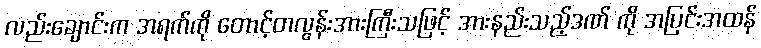
လည်းချောင်းက အရက်ကို တောင့်တလွန်းအားကြီးသဖြင့် အားနည်းသည့်ဒဏ် ကို အပြင်းအထန်